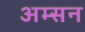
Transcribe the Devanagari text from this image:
अम्सन